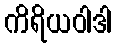
ကိရိယဝါဒါ